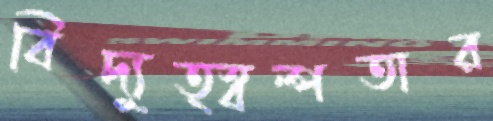
বিদ্যুত্স্বল্পতার